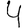
Digit: 4